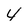
Character: 4